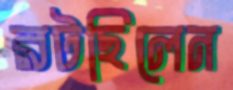
রটছিলেন